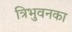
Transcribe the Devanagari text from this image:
त्रिभुवनका